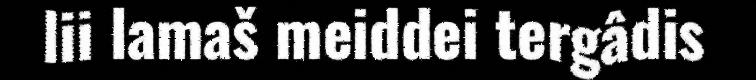
lii lamaš meiddei tergâdis